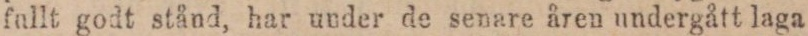
fallt godt stånd, har under de senare åren undergått laga